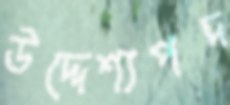
উদ্দেশ্যপদ